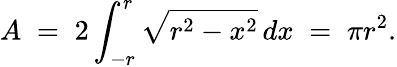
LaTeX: A\; =\; 2\int_{-r}^{r}{\sqrt{r^{2}-x^{2}}}\, dx\; =\; \pi r^{2}.